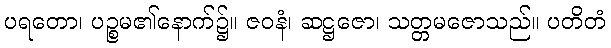
ပရတော၊ ပဉ္စမ၏နောက်၌။ ဇဝနံ၊ ဆဋ္ဌဇော၊ သတ္တမဇောသည်။ ပတိတံ